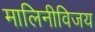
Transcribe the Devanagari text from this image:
मालिनीविजय